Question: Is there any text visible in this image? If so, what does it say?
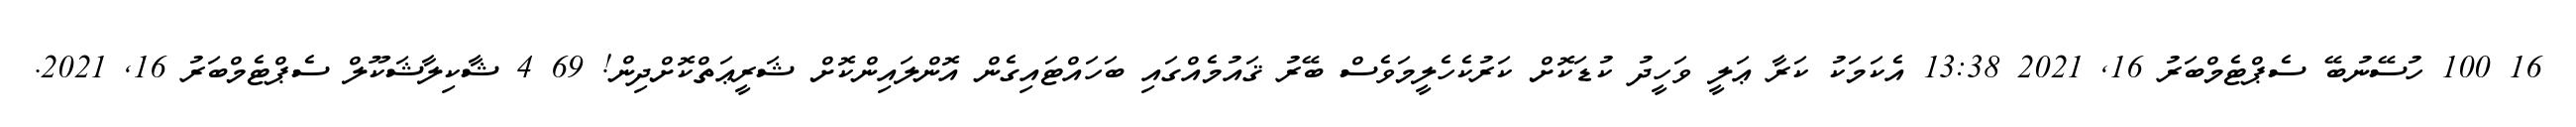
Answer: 16 100 ހުސޭނުބޭ ސެޕްޓެމްބަރު 16, 2021 13:38 އެކަމަކު ކަރާ ޢަލީ ވަހީދު ކުޑަކޮށް ކަރުކެހެލީމަވެސް ބޭރު ޤައުމެއްގައި ބަހައްޓައިގެން އޮންލައިންކޮށް ޝަރީޢަތްކޮށްދިން! 69 4 ޝާކިލާޝަކޫލް ސެޕްޓެމްބަރު 16, 2021.